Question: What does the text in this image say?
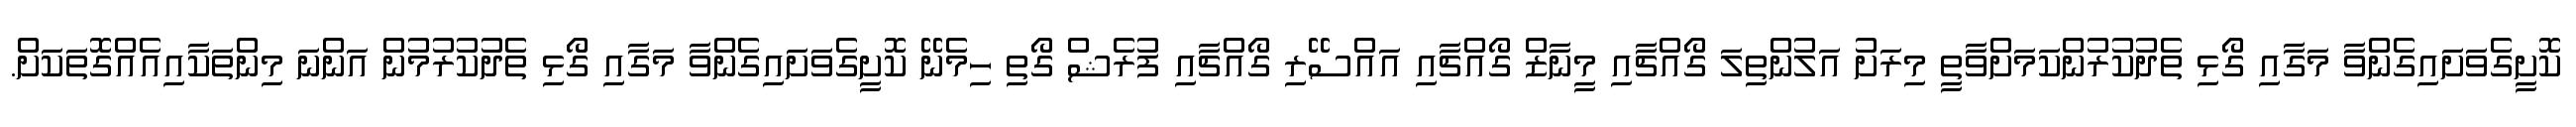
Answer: ކޮށީގެވަށައިގެންވާ މަގާއި ގޯޅި ތެދުކުރުންކަމަށްވާތީ މިރަށު އަލުންތިލަ ގޯއްޗާއި މީނާޒް ގޯއްޗާއި އައްސޭރި ގޯއްޗާއި ފުރެޝް ގޯތި ހިމެނޭ ކޮށީގެވަށައިގެންވާ މަގާއި ގޯޅި ތެދުކުރުމުން އަންނަ މިންތަކާއިއެއްގޮތަކަށް.